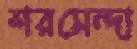
শরমেন্দা